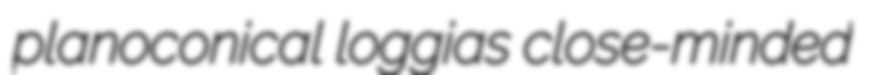
planoconical loggias close-minded